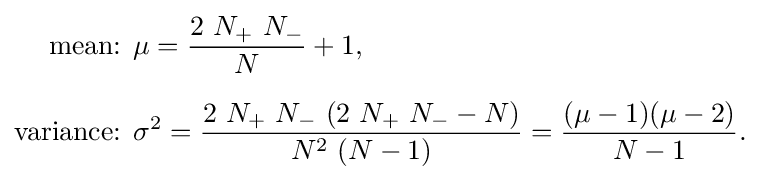
{\begin{aligned}{\text{mean: }}&\mu ={\frac {2\ N_{+}\ N_{-}}{N}}+1,\\[6pt]{\text{variance: }}&\sigma ^{2}={\frac {2\ N_{+}\ N_{-}\ (2\ N_{+}\ N_{-}-N)}{N^{2}\ (N-1)}}={\frac {(\mu -1)(\mu -2)}{N-1}}.\end{aligned}}